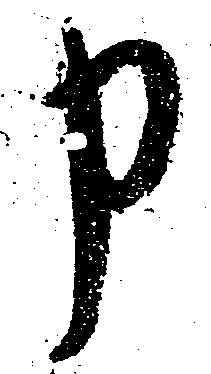
申